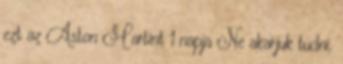
ezt az Aston Martint 1 napja Ne akarjuk tudni,